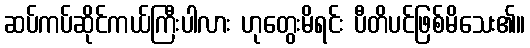
ဆပ်ကပ်ဆိုင်ကယ်ကြီးပါလား ဟုတွေးမိရင်း ပီတိပင်ဖြစ်မိသေး၏။